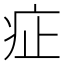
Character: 𤵁